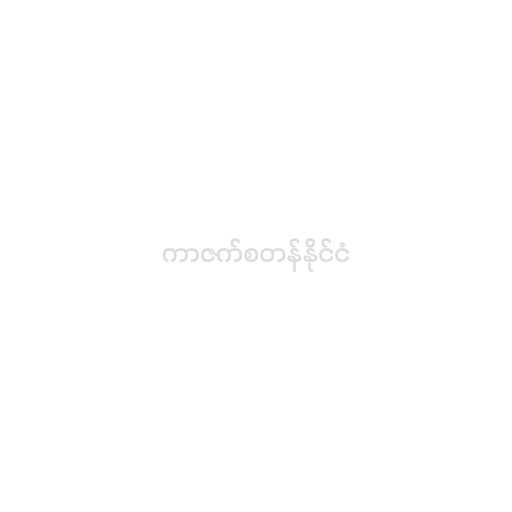
ကာဇက်စတန်နိုင်ငံ